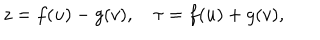
LaTeX: z = f ( u ) - g ( v ) , \quad \tau = f ( u ) + g ( v ) ,